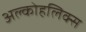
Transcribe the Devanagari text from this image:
अल्कोहलिक्स